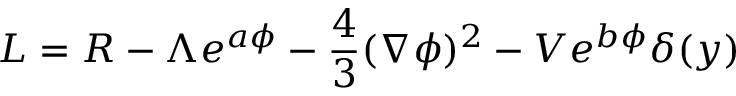
{ \cal L } = R - \Lambda e ^ { a \phi } - \frac { 4 } { 3 } ( \nabla \phi ) ^ { 2 } - V e ^ { b \phi } \delta ( y )